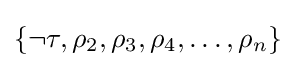
\{\neg \tau ,\rho _{2},\rho _{3},\rho _{4},\dots ,\rho _{n}\}